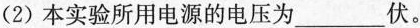
(2)本实验所用电源的电压为___伏。